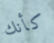
كأنك